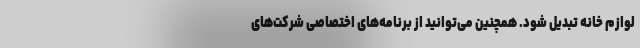
لوازم خانه تبدیل شود. همچنین می‌توانید از برنامه‌های اختصاصی شرکت‌های